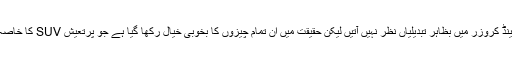
نئی لینڈ کروزر میں بظاہر تبدیلیاں نظر نہیں آتیں لیکن حقیقت میں ان تمام چیزوں کا بخوبی خیال رکھا گیا ہے جو پرتعیش SUV کا خاصہ ہیں۔